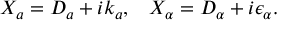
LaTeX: X _ { a } = { \cal D } _ { a } + i k _ { a } , \, \, \, \, \, X _ { \alpha } = { \cal D } _ { \alpha } + i \epsilon _ { \alpha } .